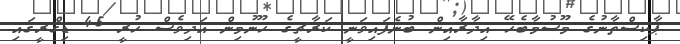
ޕާކިސްތާނުގެ މޫސުމާބެހޭ އިދާރާއިން ބުނެފައިވަނީ ކަރާޗީގެ ހޫނުމިން އަދިވެސް ހުރީ 45 ޑިގްރީގައި